Lunatic asylums in Bengal annual reports 1888-1898 - 1888-1898
Year: 1888
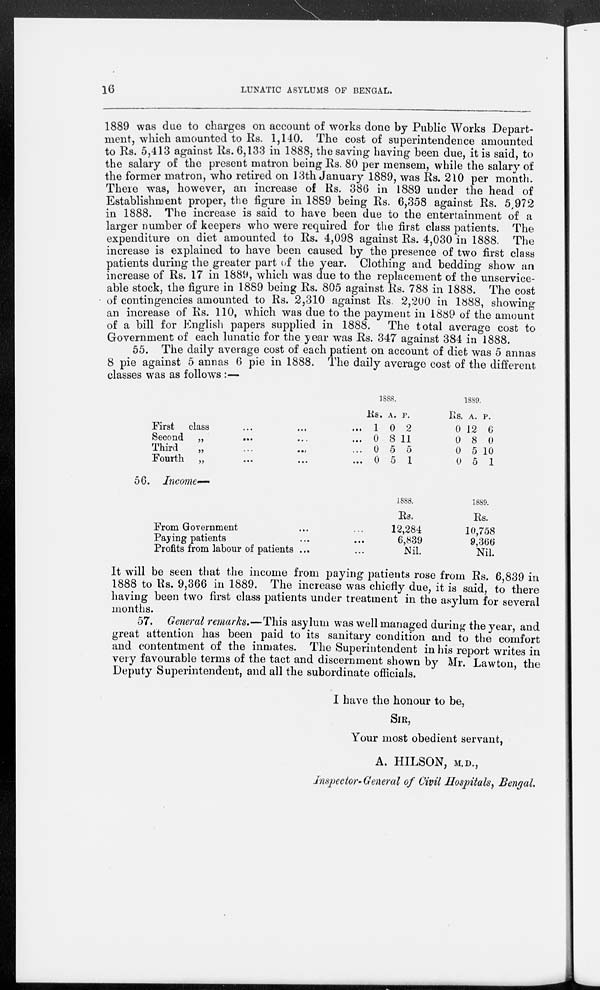
16
LUNATIC ASYLUMS OF BENGAL.
1889 was due to charges on account of works done by Public Works Depart-
ment, which amounted to Rs. 1,140. The cost of superintendence amounted
to Rs. 5,413 against Rs. 6,133 in 1888, the saving having been due, it is said, to
the salary of the present matron being Rs. 80 per mensem, while the salary of
the former matron, who retired on 13th January 1889, was Rs. 210 per month.
There was, however, an increase of Rs. 386 in 1889 under the head of
Establishment proper, the figure in 1889 being Rs. 6,358 against Rs. 5,972
in 1888. The increase is said to have been due to the entertainment of a
larger number of keepers who were required for the first class patients. The
expenditure on diet amounted to Rs. 4,098 against Rs. 4,030 in 1888. The
increase is explained to have been caused by the presence of two first class
patients during the greater part of the year. Clothing and bedding show an
increase of Rs. 17 in 1889, which was due to the replacement of the unservice-
able stock, the figure in 1889 being Rs. 805 against Rs. 788 in 1888. The cost
of contingencies amounted to Rs. 2,310 against Rs. 2,200 in 1888, showing
an increase of Rs. 110, which was due to the payment in 1889 of the amount
of a bill for English papers supplied in 1888. The total average cost to
Government of each lunatic for the year was Rs. 347 against 384 in 1888.
55. The daily average cost of each patient on account of diet was 5 annas
8 pie against 5 annas 6 pie in 1888. The daily average cost of the different
classes was as follows :—
First class ... ... ...
Second „ ... ... ...
Third „ ... ... ...
Fourth „ ... ... ...
1888.
Rs.
1
0
0
0
A.
0
8
5
5
P.
2
11
5
1
1889.
Rs.
0
0
0
0
A.
12
8
5
5
P.
6
0
10
1
56. Income—
From Government ... ...
Paying patients ... ...
Profits from labour of patients ...
1888.
Rs.
12,284
6,839
Nil.
1889.
Rs.
10,758
9,366
Nil.
It will be seen that the income from paying patients rose from Rs. 6,839 in
1888 to Rs. 9,366 in 1889. The increase was chiefly due, it is said, to there
having been two first class patients under treatment in the asylum for several
months.
57. General remarks.—This asylum was well managed during the year, and
great attention has been paid to its sanitary condition and to the comfort
and contentment of the inmates. The Superintendent in his report writes in
very favourable terms of the tact and discernment shown by Mr. Lawton, the
Deputy Superintendent, and all the subordinate officials.
I have the honour to be,
SIR,
Your most obedient servant,
A. HILSON, M.D.,
Inspector-General of Civil Hospitals, Bengal.